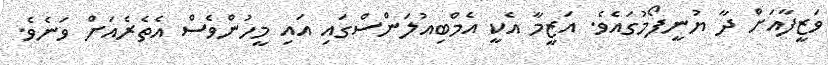
ވަޒީފާއަށް ދާ ޔުނީފޯމުގައެވެ. އަޒީމާ އެކީ އެމްބިއުލަންސްގައި އައި މީހުންވެސް އެތެރެއަށް ވަނެވެ.